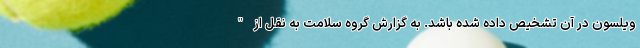
ویلسون در آن تشخیص داده شده باشد. به گزارش گروه سلامت به نقل از "